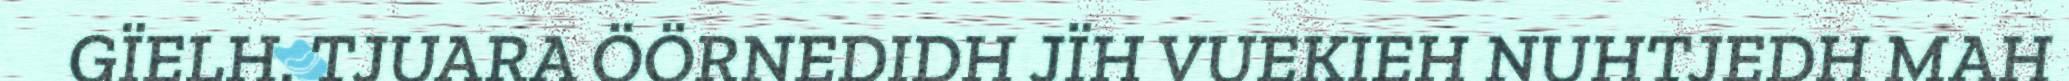
GÏELH. TJUARA ÖÖRNEDIDH JÏH VUEKIEH NUHTJEDH MAH